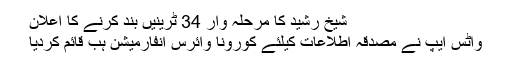
شیخ رشید کا مرحلہ وار 34 ٹرینیں بند کرنے کا اعلان
واٹس ایپ نے مصدقہ اطلاعات کیلئے کورونا وائرس انفارمیشن ہب قائم کردیا